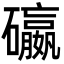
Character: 䃷